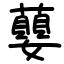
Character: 蘡